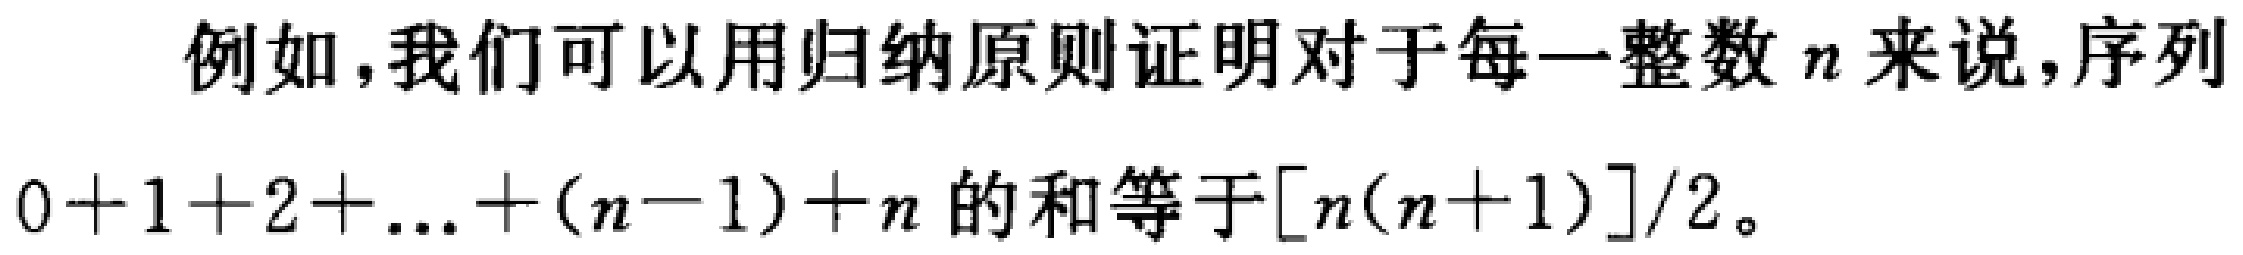
例如，我们可以用归纳原则证明对于每一整数\(n\)来说，序列\(0 + 1 + 2 + \ldots + (n - 1) + n\)的和等于\([n(n + 1)]/2\)。